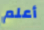
أعلم